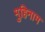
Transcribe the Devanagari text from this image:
मुहिनाम